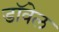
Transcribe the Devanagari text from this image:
डॉवेल